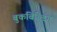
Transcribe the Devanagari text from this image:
बुकबिल्डिंग